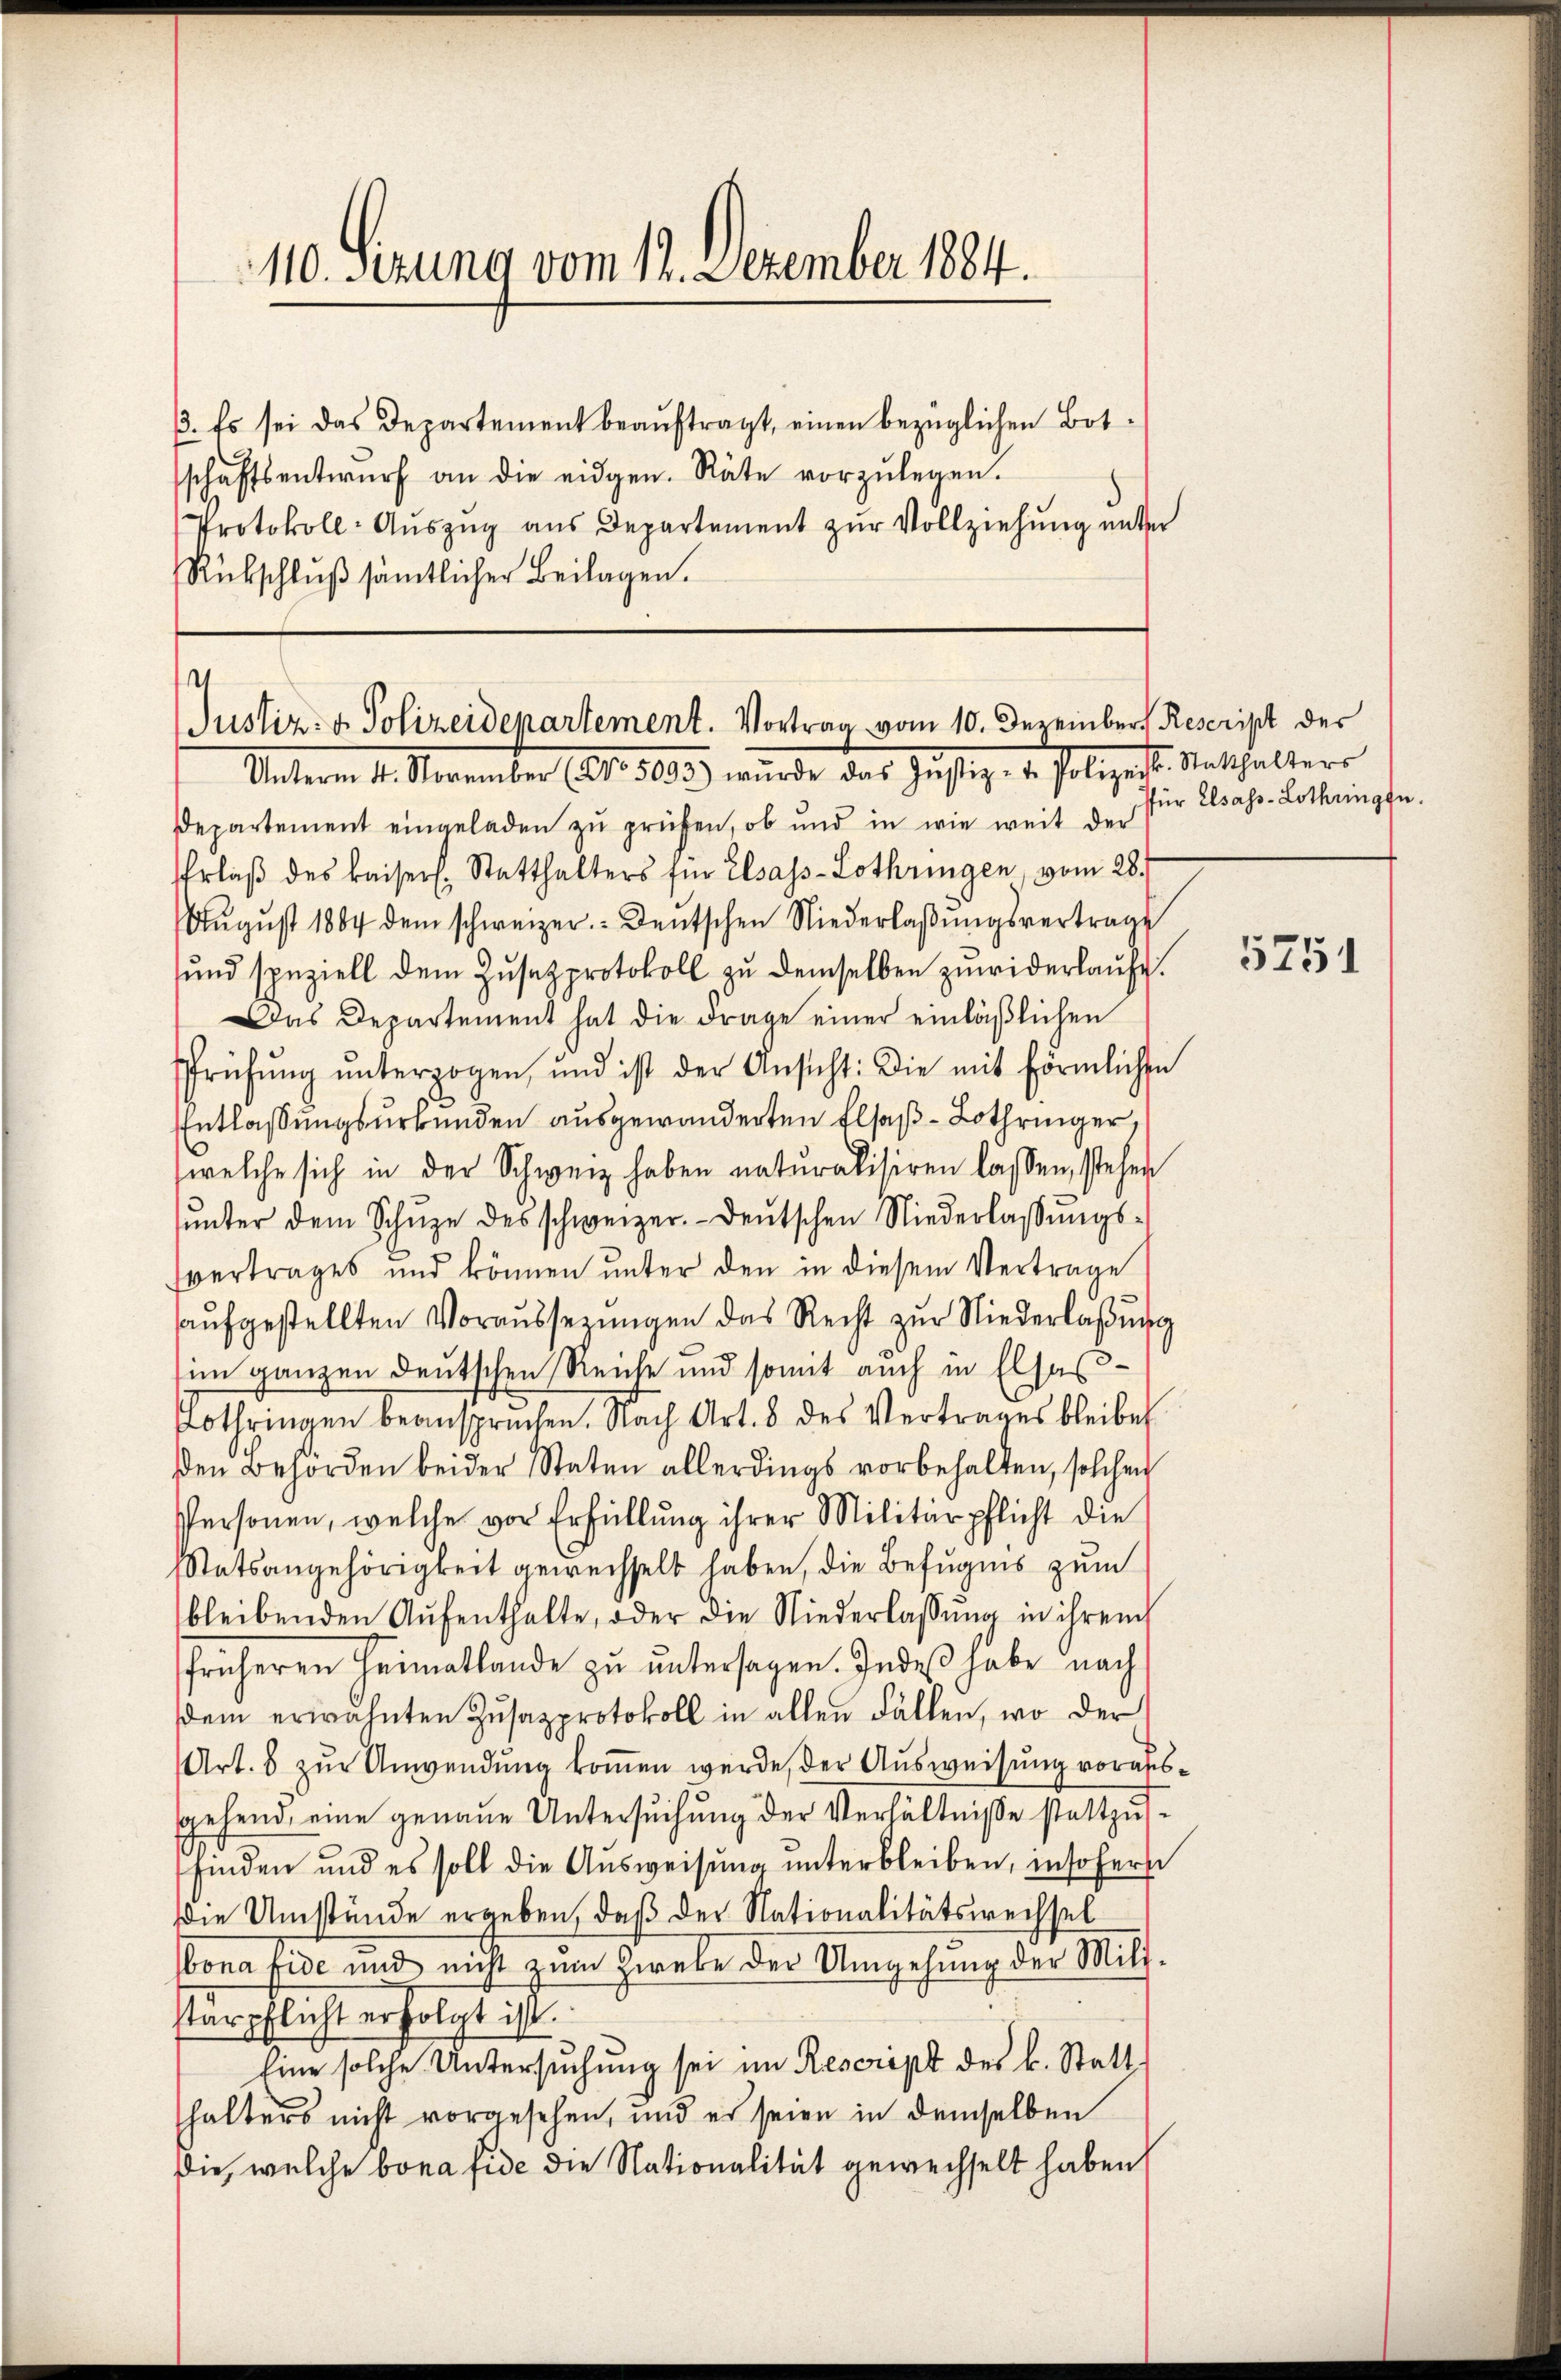
110. Ferung vom 12. Dezember 1884.

3. Es sei das Departement beaŭftragt, einen bezüglichen Botschaftsentwŭrf an die eidgen. Räte vorzŭlegen.
Protokoll-Auszug aus Departement zur Vollziehung unter
Rückschlŭβ sämtlicher Beilagen.

u
Justiz- & Polizeidepartement. Vortrag vom 10. Dezember Rescript der
Unterm 12. November (lt. 1803.) wurde, das Justiz- u. Polizeit. Unthalter

Departement eingeladen zu prüfen, ob und in wie weit der
Erlaβ des kaiserl. Statthalters für Elsass-Lothringen, vom 28.
Aŭgŭst 1884 dem schweizer. - Deutschen Niederlaβŭngsvertrage
ŭnd speziell dem Zŭsatzprotokoll zŭ demselben zŭwiderlaŭfe.
Das Departement hat die Frage einer einläßlichen
Prüfŭng ŭnterzogen, und ist der Ansicht: Die mit förmlichen
Entlassungsurkunden ausgewanderten Elsaß-Lothringer,
welche sich in der Schweiz haben naturalisiren lassen, stehen
ŭnter dem Schŭze des schweizer.- deŭtschen Niederlassŭngs-
vertrages und können ŭnter den in diesem Vertrage
aŭfgestellten Voraussezŭngen das Recht zŭr Niederlaβŭng
im ganzen deutschen Reiche und somit auch in Elsas¬
Lothringen beansprüchen. Nach Art. 8 des Vertrages bleibe
den Behörden beider Staten allerdings vorbehalten, solchen
Personen, welche vor Erfüllung ihrer Militärpflicht die
Statsangehörigkeit gewechselt haben, die Befugnis zum
bleibenden Aŭfenthalte, oder die Niederlassŭng in ihrem
früheren Heimatlande zŭ ŭntersagen. Indeß habe nach
dem erwähnten Zŭsazprotokoll in allen Fällen, wo der
Art. 8 zur Anwendung komen wurde, der Ausweisung voraussgehend, eine genaue Untersuchung der Verhältniße stattzufinden und es soll die Ausweisung unterbleiben, insoferne
die Umstände ergeben, daß der Nationalitätswechsel
bona fide und nicht zum Zwebe der Umgehung der Milistärpflicht erfolgt ist.
Eine solche Untersuchung sei im Rescript des k. Statt.
halters nicht vorgesehen, und es seien in demselben
die, welche bona fide die Nationalität gewechselt haben

für Elsass-Lothringen.

5751